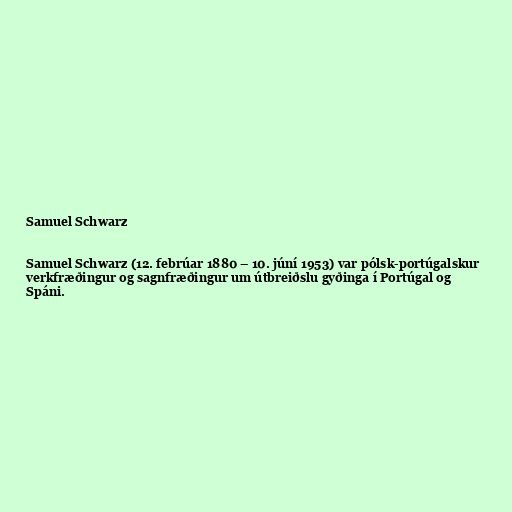
Samuel Schwarz

Samuel Schwarz (12. febrúar 1880 – 10. júní 1953) var pólsk-portúgalskur
verkfræðingur og sagnfræðingur um útbreiðslu gyðinga í Portúgal og
Spáni.